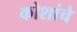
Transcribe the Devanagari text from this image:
कोशांचे